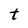
Character: t